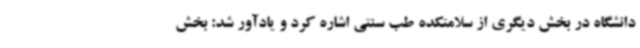
دانشگاه در بخش دیگری از سلامتکده طب سنتی اشاره کرد و یادآور شد: بخش